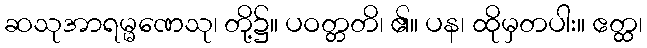
ဆသုအာရမ္မဏေသု၊ တို့၌။ ပဝတ္တတိ၊ ၏။ ပန၊ ထိုမှတပါး။ ဧတ္ထ၊